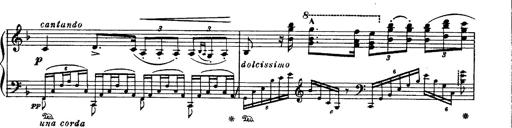
Title: Paraphrase de concert sur Ernani II
Composer: Franz Liszt